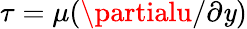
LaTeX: \tau=\mu(\partialu/\partial\mathit{y})